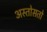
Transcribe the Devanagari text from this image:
अस्तोसतो